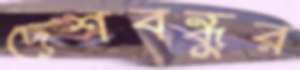
দেশবন্ধুর